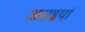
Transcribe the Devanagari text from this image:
अराइयां